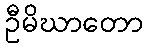
ဦမိဃာတော